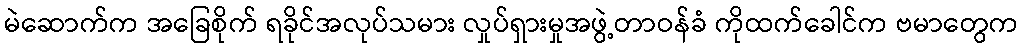
မဲဆောက်က အခြေစိုက် ရခိုင်အလုပ်သမား လှုပ်ရှားမှုအဖွဲ့တာဝန်ခံ ကိုထက်ခေါင်က ဗမာတွေက